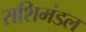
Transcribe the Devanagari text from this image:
राशिमंडल